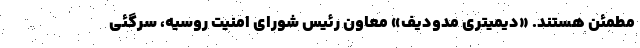
مطمئن هستند. «دیمیتری مدودیف» معاون رئیس شورای امنیت روسیه، سرگئی